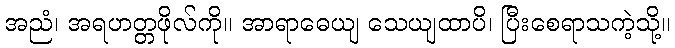
အညံ၊ အရဟတ္တဖိုလ်ကို။ အာရာဓေယျ သေယျထာပိ၊ ပြီးစေရာသကဲ့သို့။